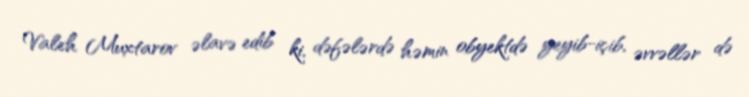
Valeh Muxtarov əlavə edib ki, dəfələrdə həmin obyektdə yeyib-içib, əvvəllər də